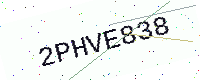
Text: 2PHVE838